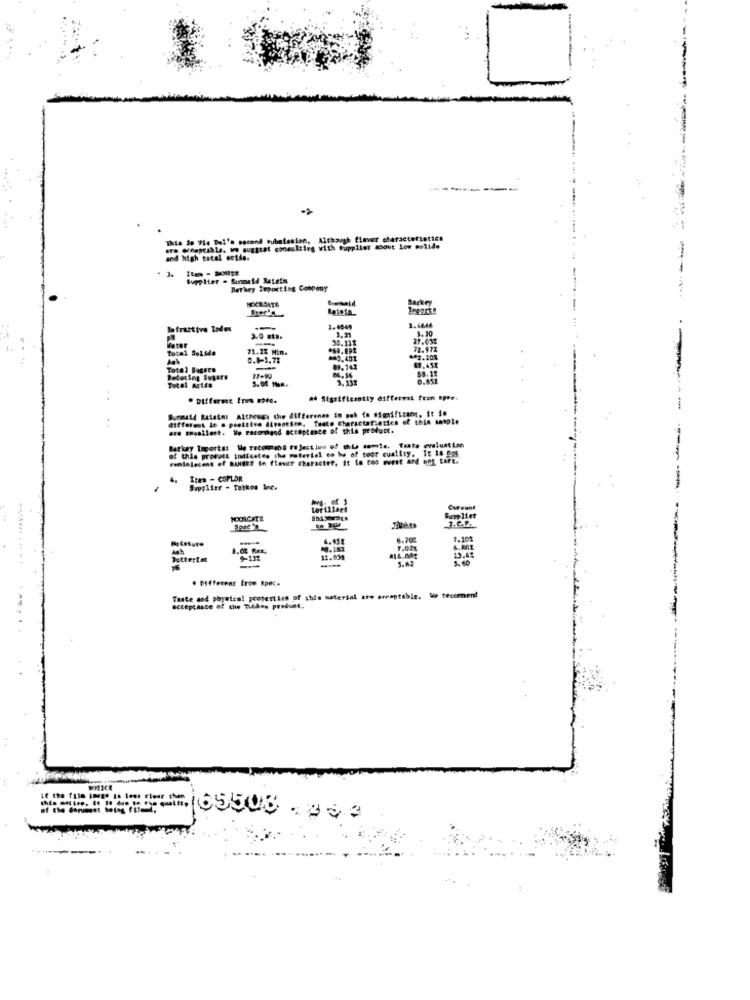
--------
This de Vie Dol's second Pubafesion, Although flavor characteristics
ore seestable. ww suggiat consulting with supplier about low wolide
and high total soise.
1ten - MMITE
Supplier . Sunnatd Ratels
Bethey Importing Company
Barkey
1.4666
lofrastive Lode
--
1.4049
3.91
5. 30
3.0 mt ..
30.11%
27.03%
Mathe
Total Solido
71.2% Hin.
72.97%
0.0-1.78
** 9.407
** 2.20%
9.451
Total Bagers
-
89.742
Retecing Sugars
0.852
Total Aella
* Different Irs spee.
ad Significantly different fron opee.
Surmald Rutete: Although the difference in och to #Semificant, it is
different Je a poattive diventien. Tuate characteristics of this sample
are weallest. We recommend acceptance of this product.
Barkey Importes We recommend rejection of this samle, Taste evaluation
of this product indicates the material co be of toor cuality. It is get
Wenialecent of DANSER In flandr character, it io coo west ard ont tart.
Ites - COPLOR
-----
Supplier - Tolkes Ine.
torillae!
MOCHACATE
Sumlier
Rotesure
4.451
6.70
1.201
Dettertat
9-11
11.634
19.41
. Different from Spec.
Taste and physical properties of this material are areaptable. We recommend
acceptance of che Tiches preduns.
Hr- 65508 . 000